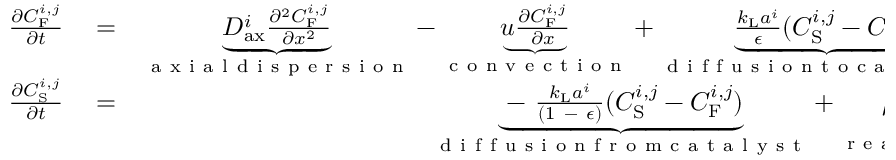
\begin{array} { r l r } { \frac { \partial C _ { \mathrm { F } } ^ { i , j } } { \partial t } } & { { } = } & { \underbrace { D _ { \mathrm { a x } } ^ { i } \frac { \partial ^ { 2 } C _ { \mathrm { F } } ^ { i , j } } { \partial x ^ { 2 } } } _ { \mathrm { ~ a ~ x ~ i ~ a ~ l ~ d ~ i ~ s ~ p ~ e ~ r ~ s ~ i ~ o ~ n ~ } } - \underbrace { u \frac { \partial C _ { \mathrm { F } } ^ { i , j } } { \partial x } } _ { \mathrm { ~ c ~ o ~ n ~ v ~ e ~ c ~ t ~ i ~ o ~ n ~ } } + \underbrace { \frac { k _ { \mathrm { L } } a ^ { i } } { \epsilon } ( C _ { \mathrm { S } } ^ { i , j } - C _ { \mathrm { F } } ^ { i , j } ) } _ { \mathrm { ~ d ~ i ~ f ~ f ~ u ~ s ~ i ~ o ~ n ~ t ~ o ~ c ~ a ~ t ~ a ~ l ~ y ~ s ~ t ~ } } , } \\ { \frac { \partial C _ { \mathrm { S } } ^ { i , j } } { \partial t } } & { { } = } & { \underbrace { \mathrm { ~ - ~ } \frac { k _ { \mathrm { L } } a ^ { i } } { ( 1 \mathrm { ~ - ~ } \epsilon ) } ( C _ { \mathrm { S } } ^ { i , j } - C _ { \mathrm { F } } ^ { i , j } ) } _ { \mathrm { ~ d ~ i ~ f ~ f ~ u ~ s ~ i ~ o ~ n ~ f ~ r ~ o ~ m ~ c ~ a ~ t ~ a ~ l ~ y ~ s ~ t ~ } } + \underbrace { \rho _ { \mathrm { B } } \frac { v ^ { i } } { [ E ] } } _ { \mathrm { ~ r ~ e ~ a ~ c ~ t ~ i ~ o ~ n ~ } } \ , } \end{array}